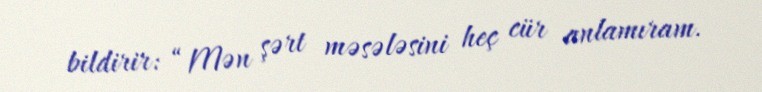
bildirir: “Mən şərt məsələsini heç cür anlamıram.